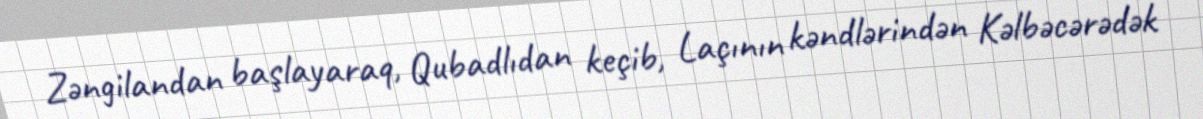
Zəngilandan başlayaraq, Qubadlıdan keçib, Laçının kəndlərindən Kəlbəcərədək